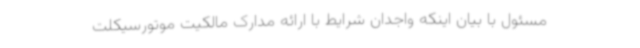
مسئول با بیان اینکه واجدان شرایط با ارائه مدارک مالکیت موتورسیکلت